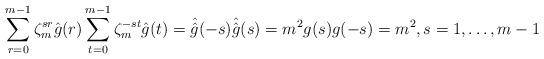
LaTeX: \begin{align*}\sum\limits_{r=0}^{m-1}\zeta_m^{sr}\hat{g}(r)\sum\limits_{t=0}^{m-1}\zeta_m^{-st}\hat{g}(t)=\hat{\hat{g}}(-s)\hat{\hat{g}}(s)=m^2g(s)g(-s)=m^2,s=1,\dots,m-1\end{align*}